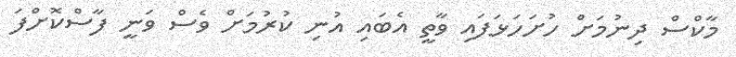
މާކްސް ދިނުމަށް ހުށަހަޅަފައި ވާތީ އެބައި އުނި ކުރުމަށް ވެސް ވަނީ ފާސްކޮށްފަ